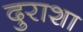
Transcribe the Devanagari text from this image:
दुराशा